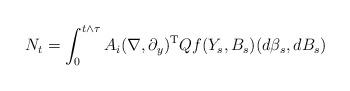
LaTeX: \begin{align*}N_t=\int_0^{t\wedge \tau} A_i(\nabla , \partial_y)^{\mathrm T} Q f(Y_s, B_s) (d\beta_s,dB_s)\end{align*}